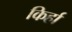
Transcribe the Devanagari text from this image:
किर्हा